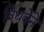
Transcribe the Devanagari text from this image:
विधवेने